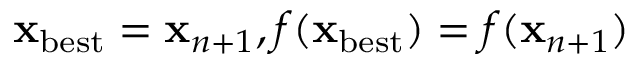
\ensuremath { \mathbf { x } } _ { \mathrm { b e s t } } = \ensuremath { \mathbf { x } } _ { n + 1 } , f ( \ensuremath { \mathbf { x } } _ { \mathrm { b e s t } } ) = f ( \ensuremath { \mathbf { x } } _ { n + 1 } )